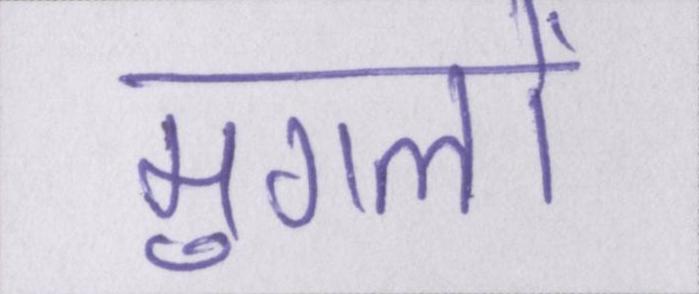
मुगलों